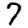
Digit: 7